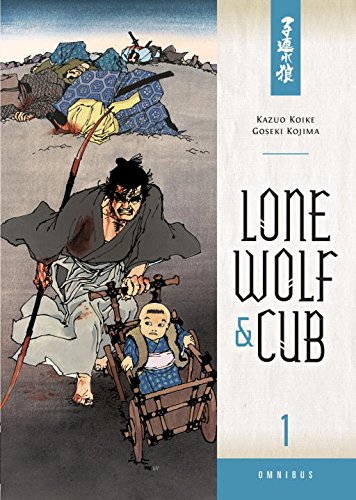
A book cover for Lone Wolf and Cub Omnibus Volume 1; Kazuo Koike; Comics & Graphic Novels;